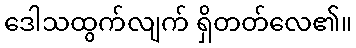
ဒေါသထွက်လျက် ရှိတတ်လေ၏။